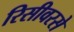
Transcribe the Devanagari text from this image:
रिसीवरसे